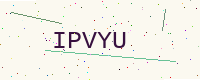
Text: IPVYU